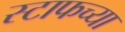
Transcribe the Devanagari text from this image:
स्टाफच्या